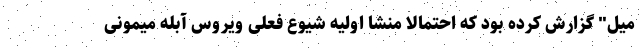
میل" گزارش کرده بود که احتمالا منشا اولیه شیوع فعلی ویروس آبله‌ میمونی